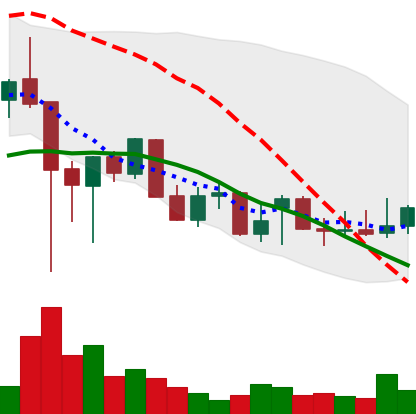
Ticker: XLM-USD
Chart end date: 2021-12-21
Forward return: 8.935%
Label: up_7plus